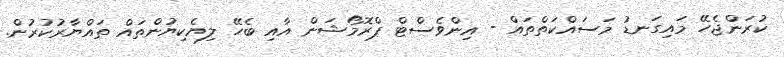
ކުރަންޖެހޭ މައިގަނޑު މަސައްކަތްތައް - އިންވެސްޓް ޕްރޮމޯޝަން އާއި ބެހޭ ލިޔެކިޔުންތައް ތައްޔާރުކުރުން.